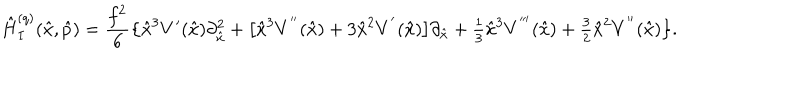
\hat { H } _ { I } ^ { ( q ) } ( \hat { x } , \hat { p } ) = \frac { f ^ { 2 } } { 6 } \bigl \{ \hat { x } ^ { 3 } V ^ { \prime } ( \hat { x } ) \partial _ { \hat { x } } ^ { 2 } + \bigl [ \hat { x } ^ { 3 } V ^ { ' ^ { \prime } } ( \hat { x } ) + 3 \hat { x } ^ { 2 } V ^ { ' } ( \hat { x } ) \bigr ] \partial _ { \hat { x } } + { \textstyle \frac { 1 } { 3 } } \hat { x } ^ { 3 } V ^ { ' ^ { \prime \prime } } ( \hat { x } ) + { \textstyle \frac { 3 } { 2 } } \hat { x } ^ { 2 } V ^ { ' ^ { \prime } } ( \hat { x } ) \bigr \} .